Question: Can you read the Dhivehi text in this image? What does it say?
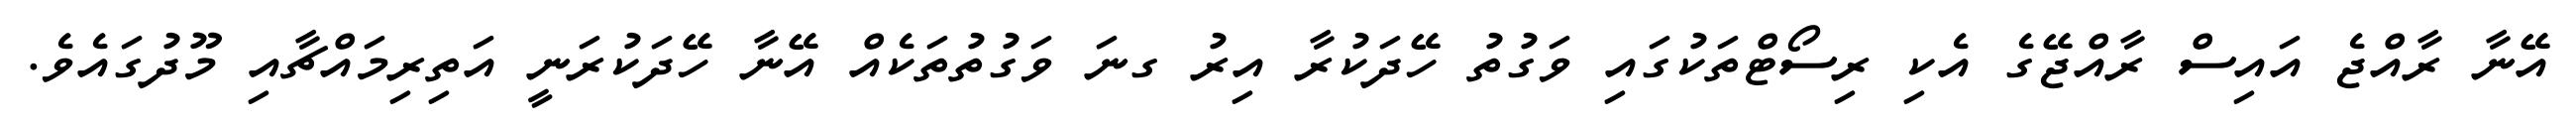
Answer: އޭނާ ރާއްޖެ އައިސް ރާއްޖޭގެ އެކި ރިސޯޓްތަކުގައި ވަގުތު ހޭދަކުރާ އިރު ގނަ ވަގުތުތަކެއް އޭނާ ހޭދަކުރަނީ އަތިރިމައްޗާއި މޫދުގައެވެ.